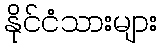
နိုင်ငံသားများ